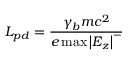
L _ { p d } = \frac { \gamma _ { b } m c ^ { 2 } } { e \operatorname* { m a x } \left| E _ { z } \right| ^ { - } }